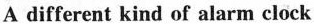
A different kind of alarm clock